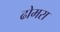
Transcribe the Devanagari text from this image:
ढोमरा